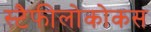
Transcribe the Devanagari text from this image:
स्टैफीलोकोकस